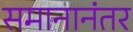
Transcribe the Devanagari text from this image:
समानानंतर